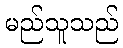
မည်သူသည်